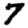
Digit: 7